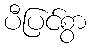
ပီပြင်စွာ